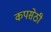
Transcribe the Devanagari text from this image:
कपसेठी